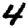
Digit: 4